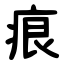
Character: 痕